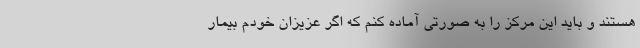
هستند و باید این مرکز را به صورتی آماده کنم که اگر عزیزان خودم بیمار